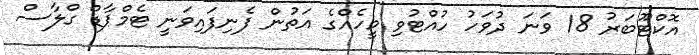
އޮކްޓޫބަރު 18 ވަނަ ދުވަހު ހުއްޓުވި މީހެއްގެ އަތުން ފެނިފައިވަނީ ޓެމްޕާޑް ގްލާސް